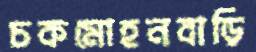
চকমোহনবাড়ি